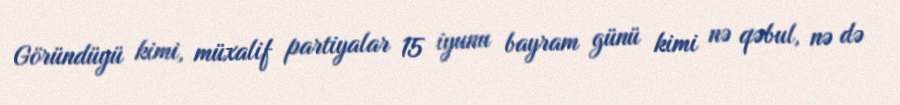
Göründüyü kimi, müxalif partiyalar 15 iyunu bayram günü kimi nə qəbul, nə də